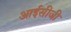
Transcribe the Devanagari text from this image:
आईसीजी